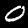
Digit: 0